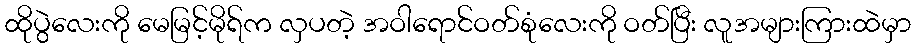
ထိုပွဲလေးကို မေမြင့်မိုရ်က လှပတဲ့ အဝါရောင်ဝတ်စုံလေးကို ဝတ်ပြီး လူအများကြားထဲမှာ